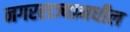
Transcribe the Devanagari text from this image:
नगरराज्यामधील